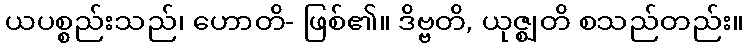
ယပစ္စည်းသည်၊ ဟောတိ- ဖြစ်၏။ ဒိဗ္ဗတိ, ယုဇ္ဈတိ စသည်တည်း။